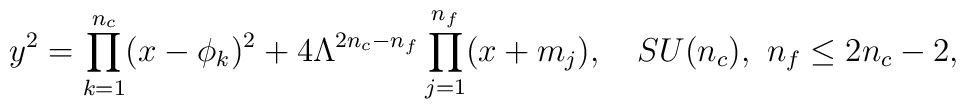
y^{2} = \prod_{k=1}^{n_{c}}(x-\phi_{k})^{2} + 4 \Lambda^{2n_{c}-n_{f}}  \prod_{j=1}^{n_{f}}(x+m_{j}), \quad   SU(n_c), \, \,  n_f \le 2n_c-2,